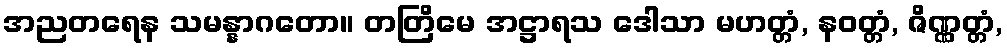
အညတရေန သမန္နာဂတော။ တတြိမေ အဋ္ဌာရသ ဒေါသာ မဟတ္တံ, နဝတ္တံ, ဇိဏ္ဏတ္တံ,